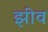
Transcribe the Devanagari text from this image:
झीव